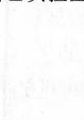
19(2018·北京卷)民主选举是古代雅典政治的特色。为确保